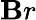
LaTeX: \mathbf{B}r